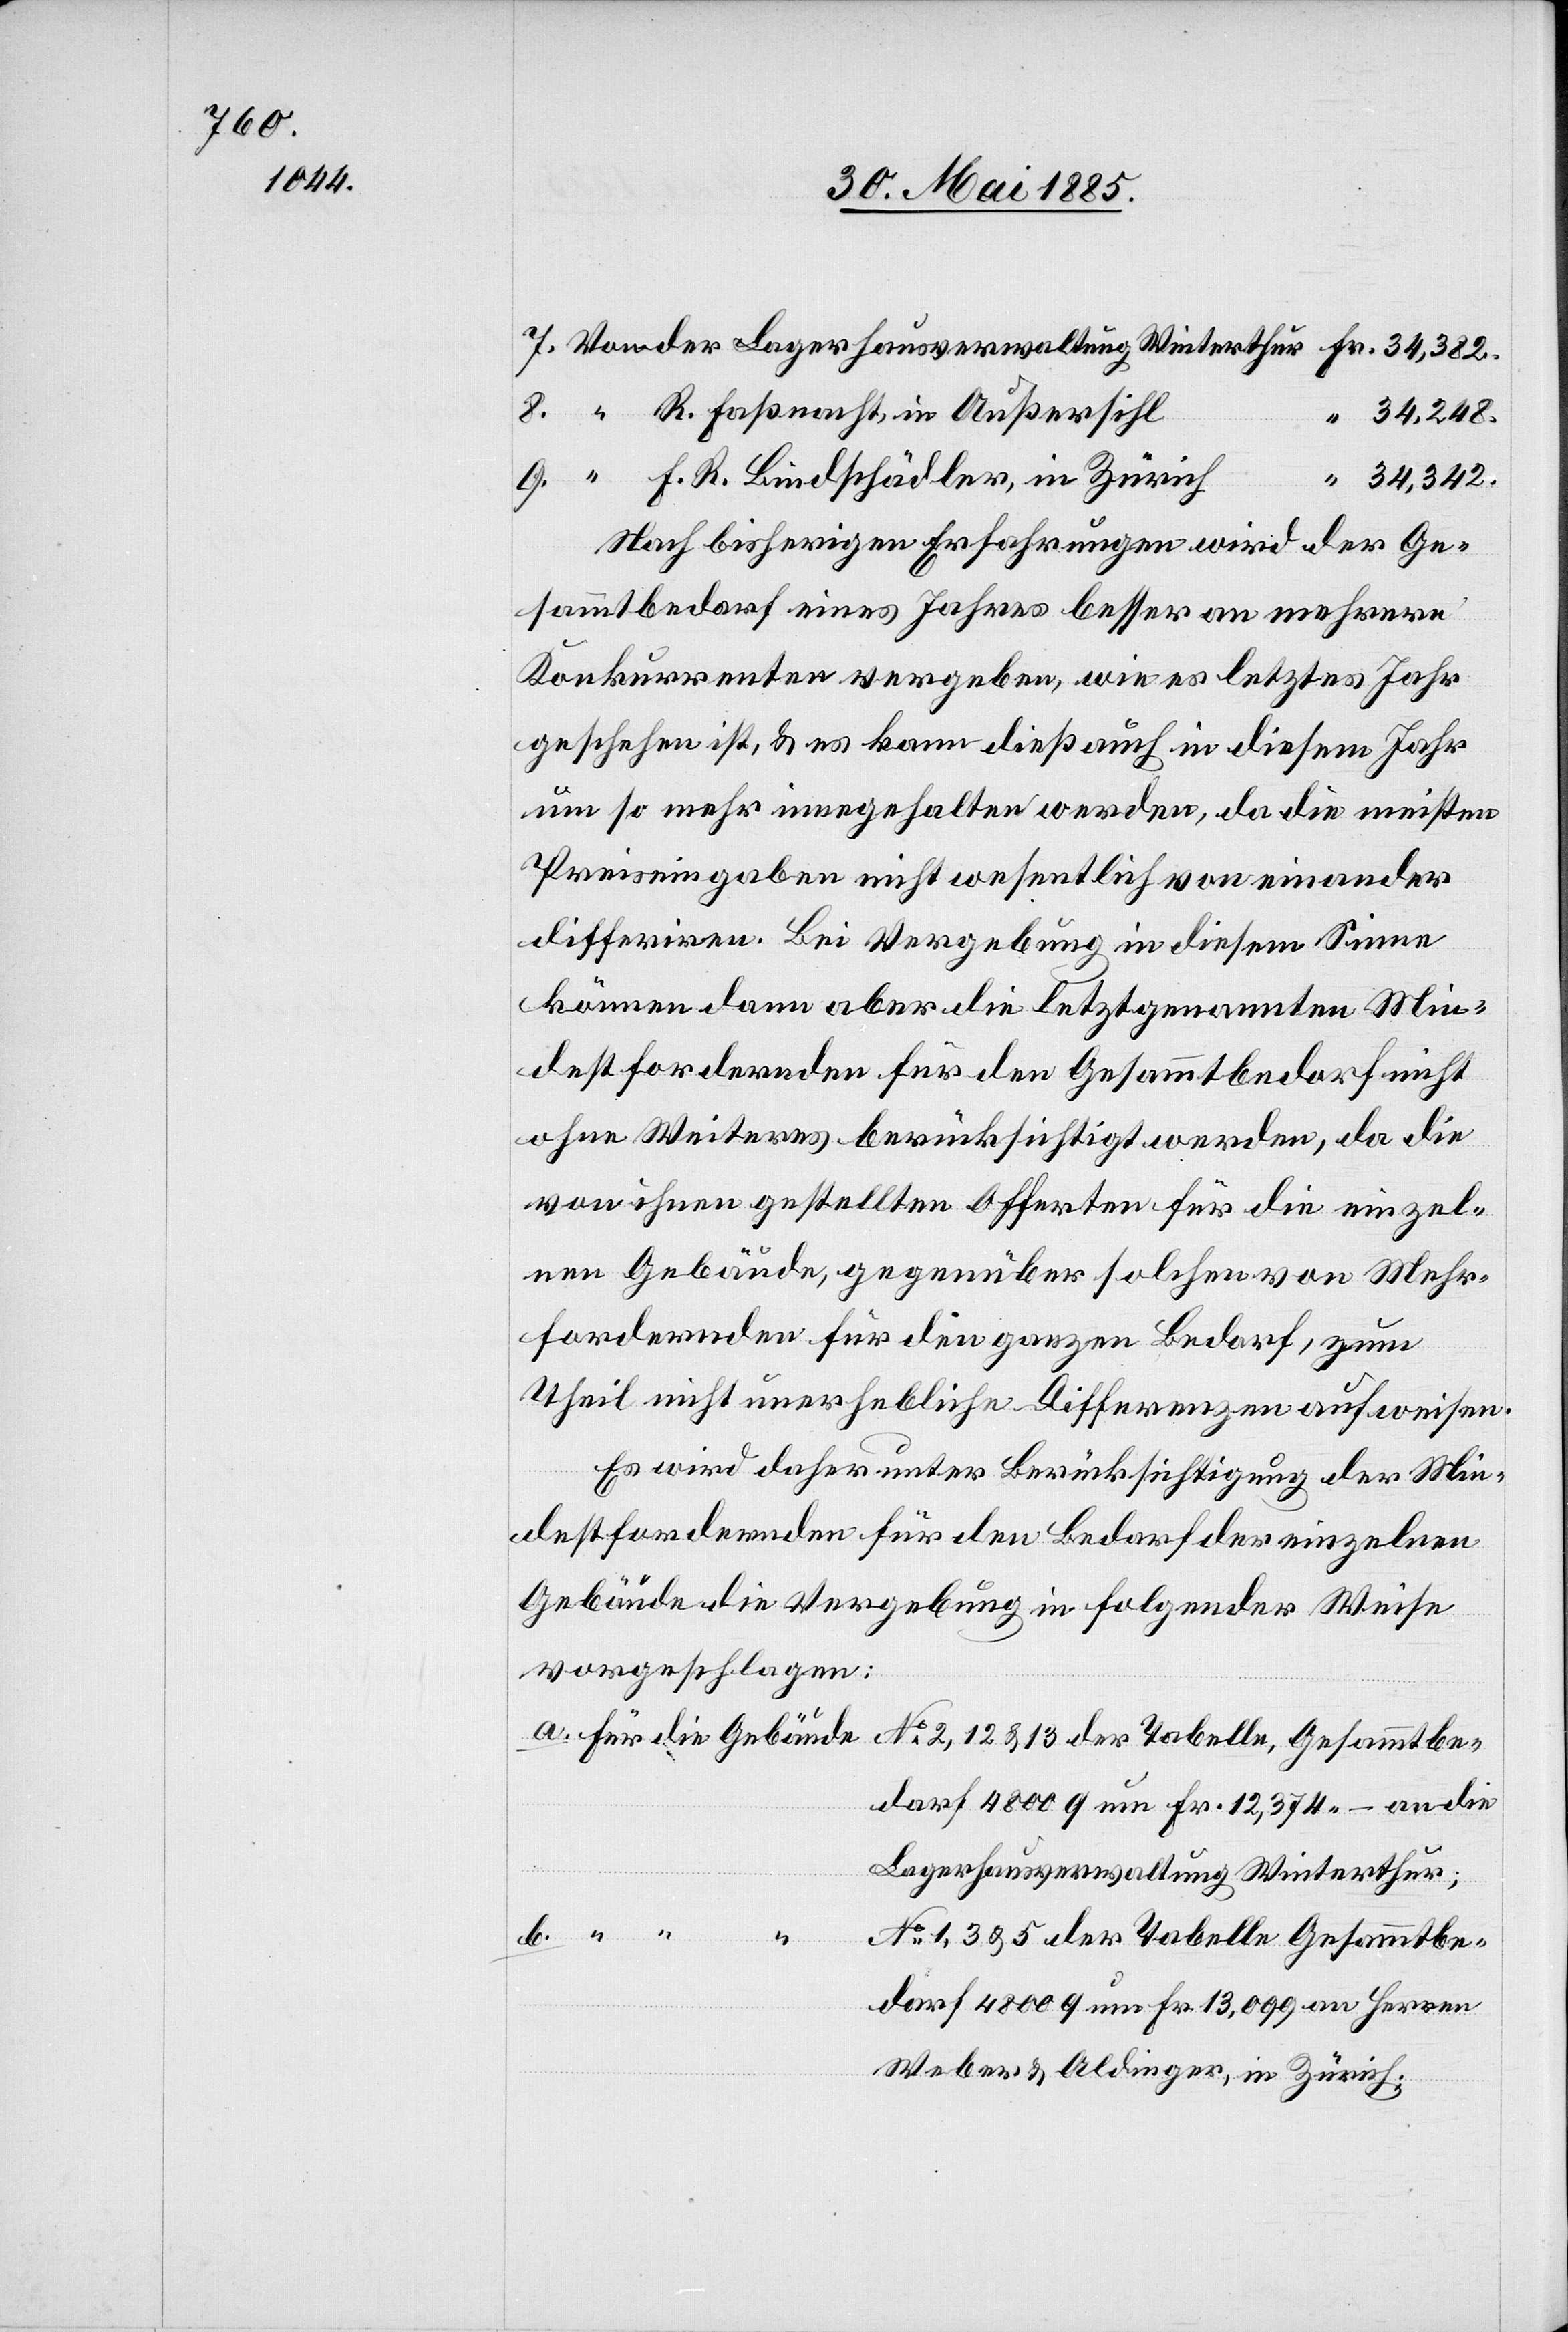
R. Faßnacht, in Außersihl
34,248.
“
F. R. Bindschädler, in Zürich
34,342.
Nach bisherigen Erfahrungen wird der Ge¬
sammtbedarf eines Jahres besser an mehrere
Konkurrenten vergeben, wie es letztes Jahr
geschehen ist, & es kann dieß auch in diesem Jahr
um so mehr innegehalten werden, da die meisten
Preiseingaben nicht wesentlich von einander
differiren. Bei Vergebung in diesem Sinne
können dann aber die letztgenannten Min¬
destfordernden für den Gesammtbedarf nicht
ohne Weiteres berücksichtigt werden, da die
von ihnen gestellten Offerten für die einzel¬
nen Gebäude, gegenüber solchen von Mehr¬
fordernden für den ganzen Bedarf, zum
Theil nicht unerhebliche Differenzen aufweisen.
Es wird daher unter Berücksichtigung der Min¬
destfordernden für den Bedarf der einzelnen
Gebäude die Vergebung in folgender Weise
vorgeschlagen:
No 2, 12 & 13 der Tabelle, Gesammtbe¬
darf 4800 q um Fr. 12,374 – an de
Lagerhausverwaltung Winterthur;
b.
No 1, 3, & 5 der Tabelle Gesammtbe¬
darf 4800 q um Fr. 13,099 an Herren
Weber & Aldinger, in Zürich;